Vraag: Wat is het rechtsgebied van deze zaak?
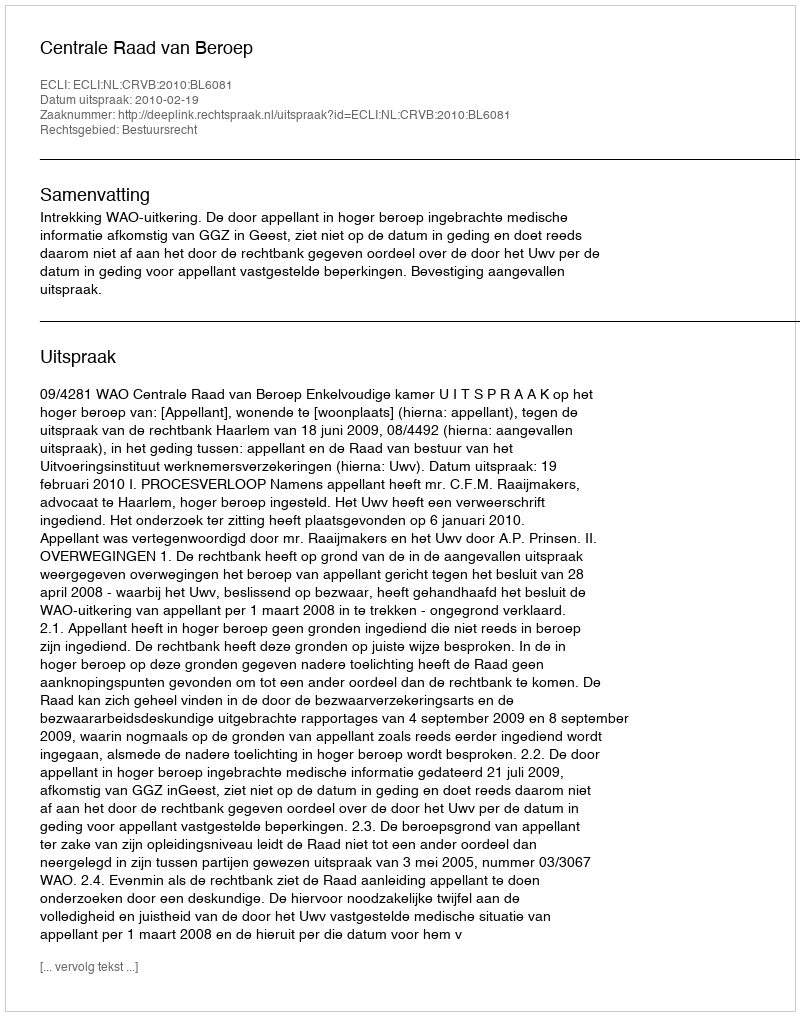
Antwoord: Bestuursrecht